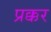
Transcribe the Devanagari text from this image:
प्रक्कर